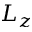
L _ { z }